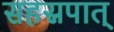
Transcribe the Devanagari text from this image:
सहस्रपात्